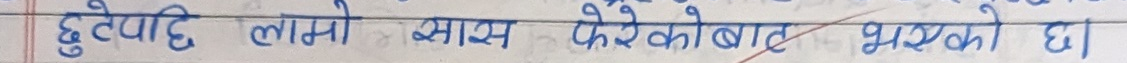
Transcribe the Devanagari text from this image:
छुटेपछि लामो श्वास फेरेकोबाट भएको छ।